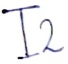
Text: I2